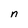
Character: n